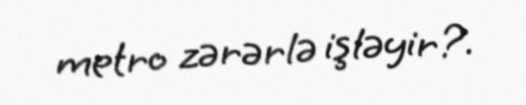
metro zərərlə işləyir?.